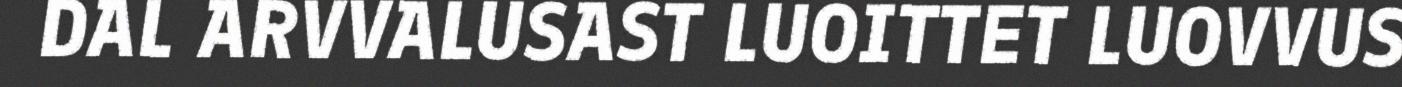
DAL ARVVALUSAST LUOITTET LUOVVUS